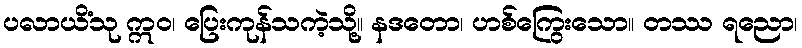
ပလာယိံသု ဣဝ၊ ပြေးကုန်သကဲ့သို့။ နဒတော၊ ဟစ်ကြွေးသော။ တဿ ရညော၊